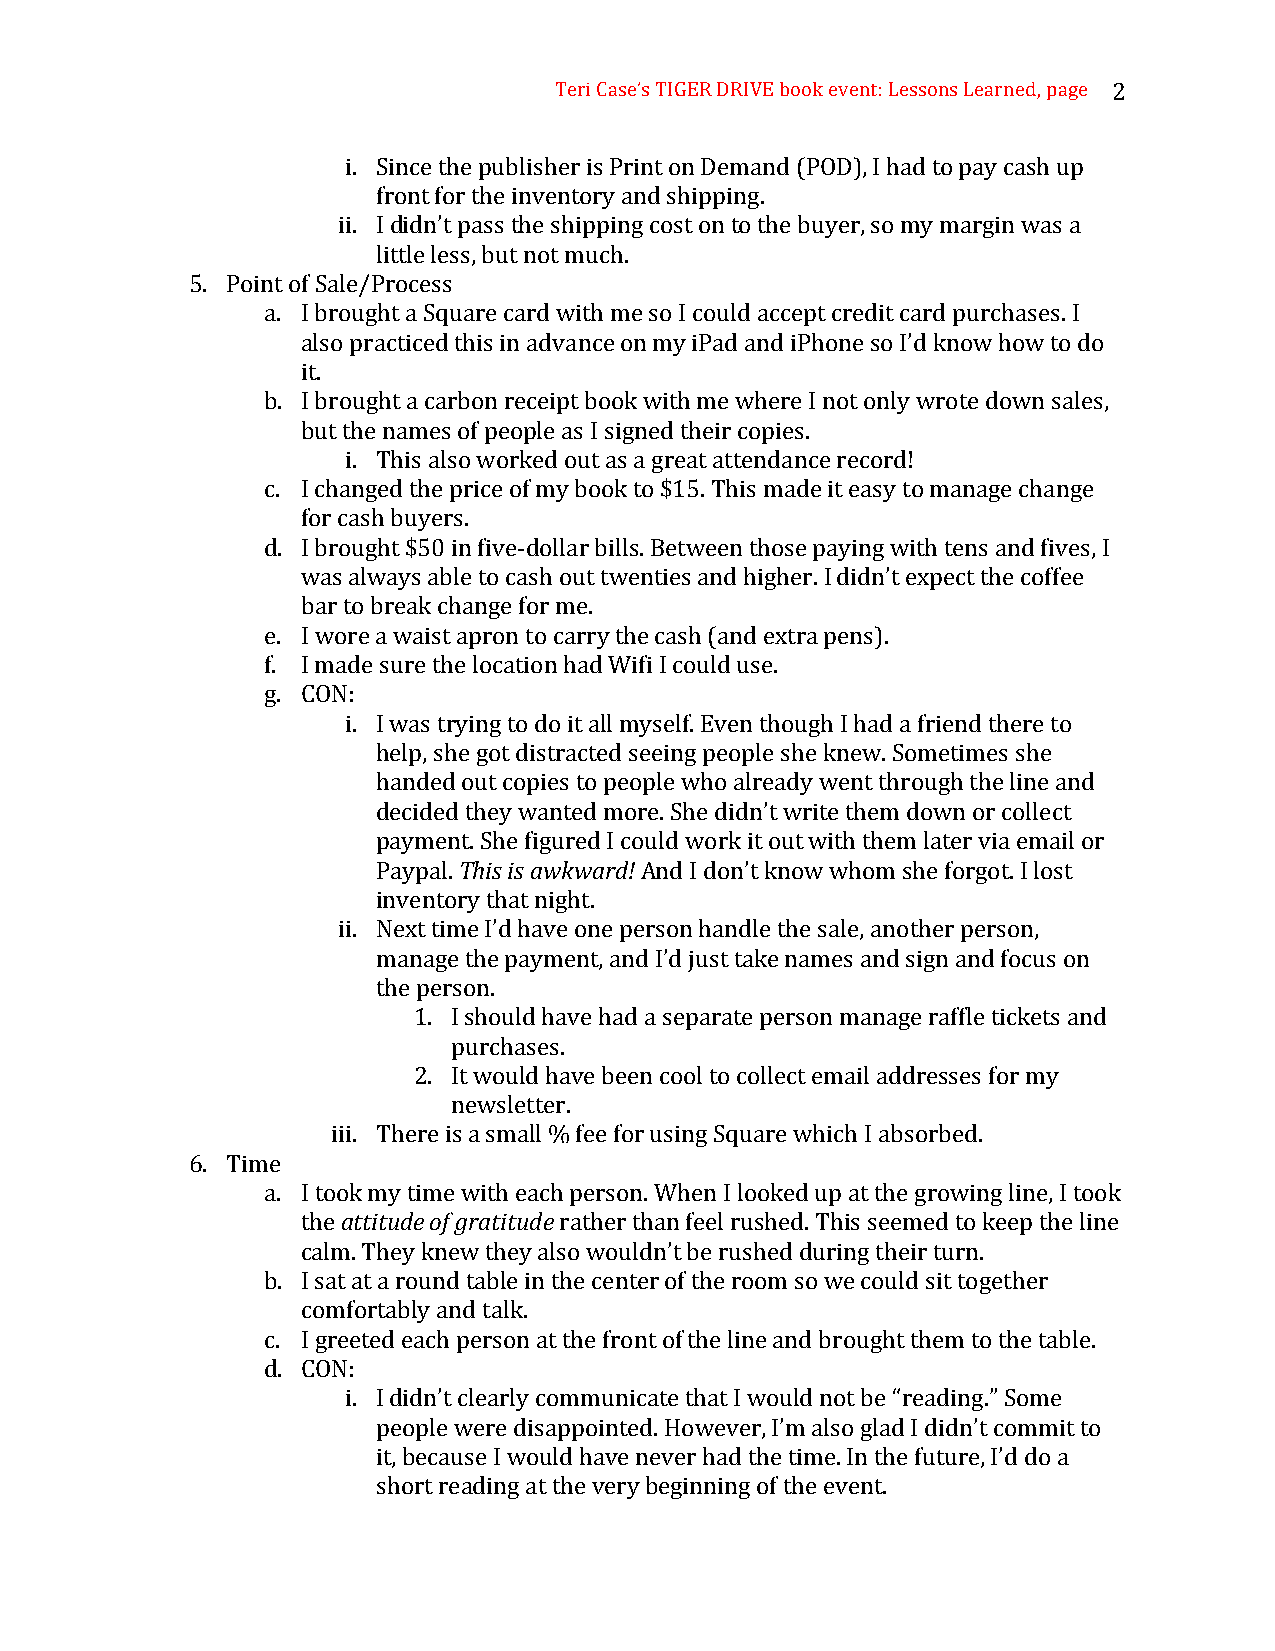
Teri Case’s TIGER DRIVE book event: Lessons Learned, page 2
 i. Since the publisher is Print on Demand (POD), I had to pay cash up
 front for the inventory and shipping.
 ii. I didn’t pass the shipping cost on to the buyer, so my margin was a
 little less, but not much.
 5. Point of Sale/Process
 a. I brought a Square card with me so I could accept credit card purchases. I
 also practiced this in advance on my iPad and iPhone so I’d know how to do
 it.
 b. I brought a carbon receipt book with me where I not only wrote down sales,
 but the names of people as I signed their copies.
 i. This also worked out as a great attendance record!
 c. I changed the price of my book to $15. This made it easy to manage change
 for cash buyers.
 d. I brought $50 in five-dollar bills. Between those paying with tens and fives, I
 was always able to cash out twenties and higher. I didn’t expect the coffee
 bar to break change for me.
 e. I wore a waist apron to carry the cash (and extra pens).
 f. I made sure the location had Wifi I could use.
 g. CON:
 i. I was trying to do it all myself. Even though I had a friend there to
 help, she got distracted seeing people she knew. Sometimes she
 handed out copies to people who already went through the line and
 decided they wanted more. She didn’t write them down or collect
 payment. She figured I could work it out with them later via email or
 Paypal. This is awkward! And I don’t know whom she forgot. I lost
 inventory that night.
 ii. Next time I’d have one person handle the sale, another person,
 manage the payment, and I’d just take names and sign and focus on
 the person.
 1. I should have had a separate person manage raffle tickets and
 purchases.
 2. It would have been cool to collect email addresses for my
 newsletter.
 iii. There is a small % fee for using Square which I absorbed.
 6. Time
 a. I took my time with each person. When I looked up at the growing line, I took
 the attitude of gratitude rather than feel rushed. This seemed to keep the line
 calm. They knew they also wouldn’t be rushed during their turn.
 b. I sat at a round table in the center of the room so we could sit together
 comfortably and talk.
 c. I greeted each person at the front of the line and brought them to the table.
 d. CON:
 i. I didn’t clearly communicate that I would not be “reading.” Some
 people were disappointed. However, I’m also glad I didn’t commit to
 it, because I would have never had the time. In the future, I’d do a
 short reading at the very beginning of the event.